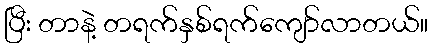
ပြီး တာနဲ့ တရက်နှစ်ရက်ကျော်လာတယ်။